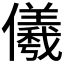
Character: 𭀋